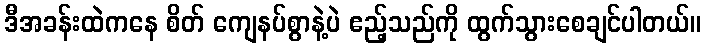
ဒီအခန်းထဲကနေ စိတ် ကျေနပ်စွာနဲ့ပဲ ဧည့်သည်ကို ထွက်သွားစေချင်ပါတယ်။